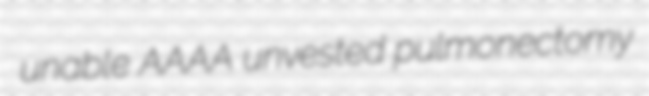
unable AAAA unvested pulmonectomy